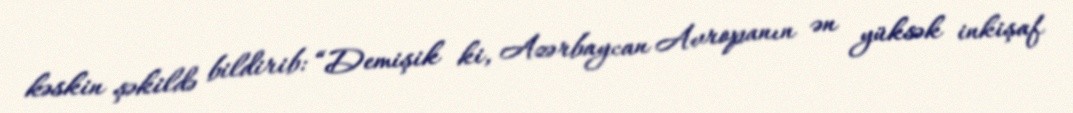
kəskin şəkildə bildirib: “Demişik ki, Azərbaycan Avropanın ən yüksək inkişaf